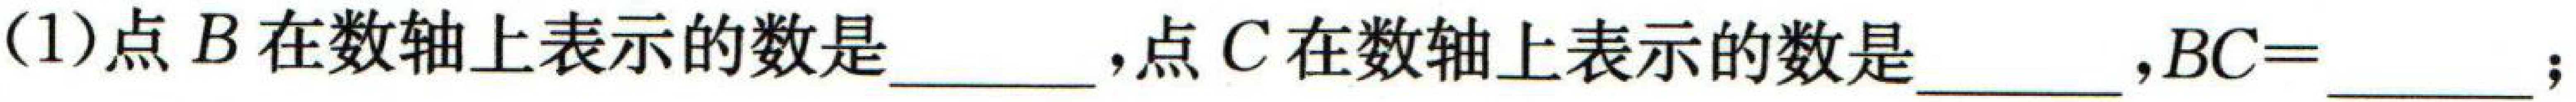
(1)点 \(B\) 在数轴上表示的数是 \(\underline{\qquad}\)，点 \(C\) 在数轴上表示的数是 \(\underline{\qquad}\)，\(BC = \underline{\qquad}\)；